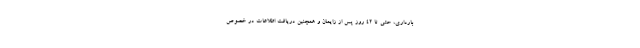
بارداری، حتی تا ۴۲ روز پس از زایمان و همچنین دریافت اطلاعات در خصوص